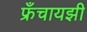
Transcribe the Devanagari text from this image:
फ्रँचायझी